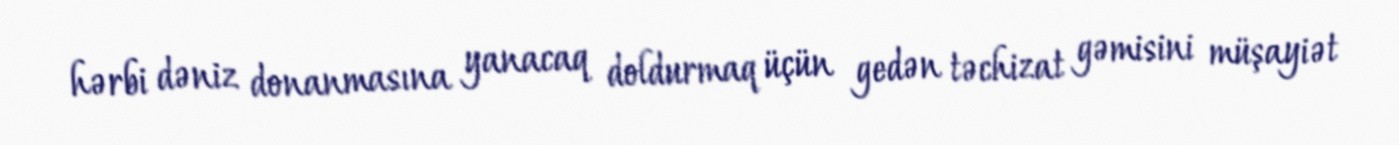
hərbi dəniz donanmasına yanacaq doldurmaq üçün gedən təchizat gəmisini müşayiət